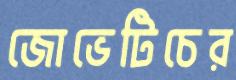
জোভেটিচের